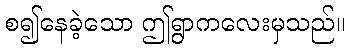
စ၍နေခဲ့သော ဤရွာကလေးမှသည်။